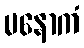
မနောကံ